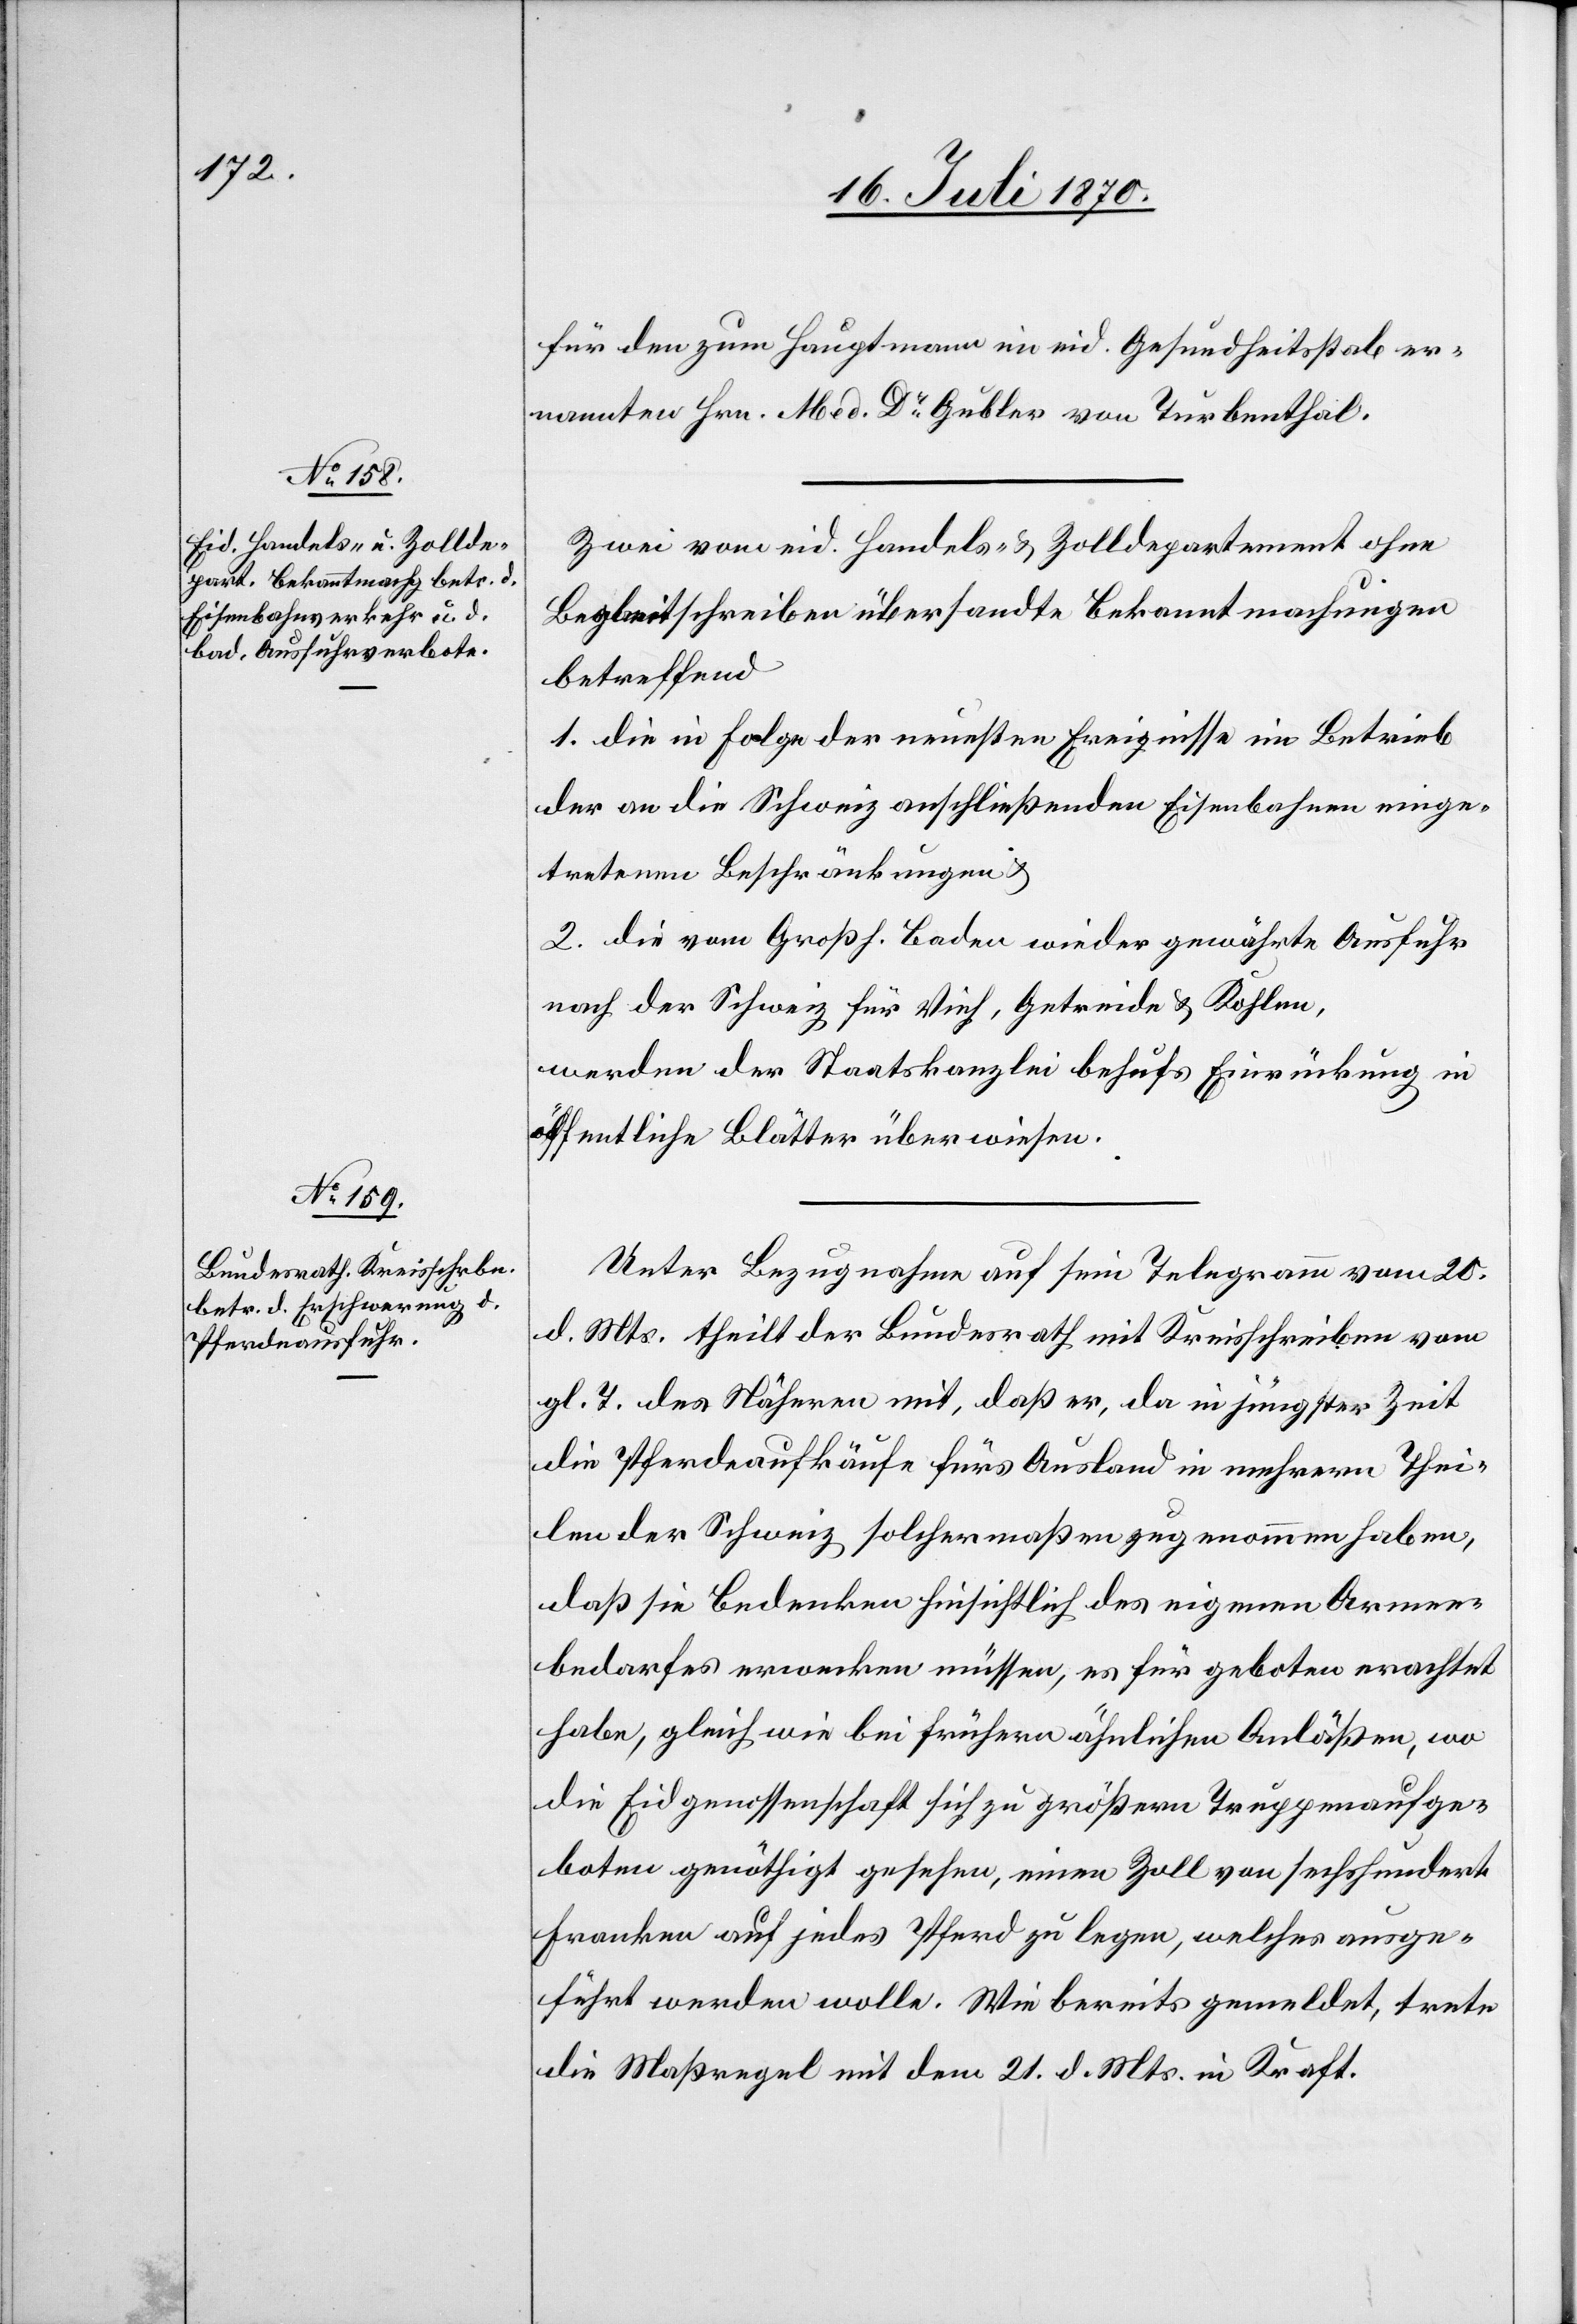
22. Juli 1870.]
für den zum Hauptmann im eid. Gesundheitsstab er¬
nannten Hrn. Med. Dr Gubler von Turbenthal.
Zwei vom eid. Handels- & Zolldepartement ohne
Begleitschreiben übersandte Bekanntmachungen
betreffend
1. die in Folge der neuesten Ereignisse im Betrieb
der an die Schweiz anschließenden Eisenbahnen einge¬
tretenen Beschränkungen &
2. die vom Großh. Baden wieder gewährte Ausfuhr
nach der Schweiz für Vieh, Getreide & Kohlen,
werden der Staatskanzlei behufs Einrückung in
öffentliche Blätter überwiesen.
Unter Bezugnahme auf sein Telegramm vom 20.
d. Mts. theilt der Bundesrath mit Kreisschreiben vom
gl. T. des Näheren mit, daß er, da in jüngster Zeit
die Pferdeaufkäufe fürs Ausland in mehrern Thei¬
len der Schweiz solchermaßen zugenommen haben,
daß sie Bedenken hinsichtlich des eigenen Armee¬
bedarfes erwecken müssen, es für geboten erachtet
habe, gleich wie bei frühern ähnlichen Anläßen, wo
die Eidgenossenschaft sich zu größern Truppenaufge¬
boten genöthigt gesehen, einen Zoll von sechshundert
Franken auf jedes Pferd zu legen, welches ausge¬
führt werden wolle. Wie bereits gemeldet, trete
die Maßregel mit dem 21. d. Mts. in Kraft.